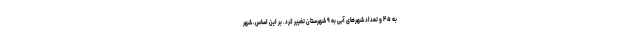
به ۴۵ و تعداد شهرهای آبی به ۹ شهرستان تغییر کرد. بر این اساس، شهر